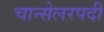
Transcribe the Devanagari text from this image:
चान्सेलरपदी